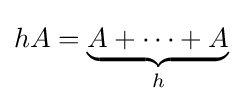
hA={\underset {h}{\underbrace {A+\cdots +A} }}